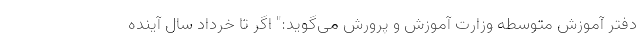
دفتر آموزش متوسطه وزارت آموزش و پرورش می‌گوید:" اگر تا خرداد سال آینده